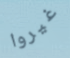
غيروا